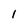
Character: I